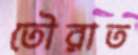
তৌরাত